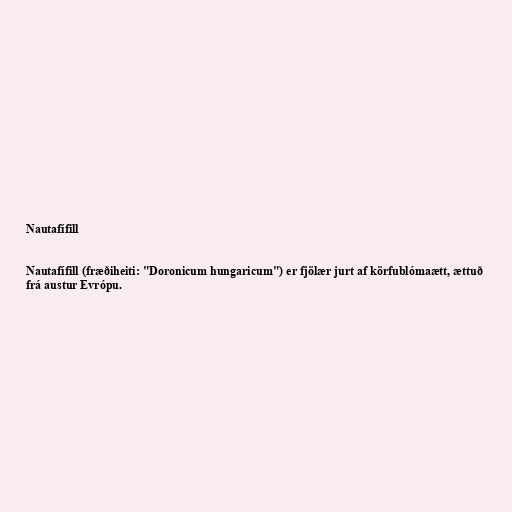
Nautafífill

Nautafífill (fræðiheiti: "Doronicum hungaricum") er fjölær jurt af körfublómaætt, ættuð
frá austur Evrópu.